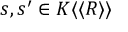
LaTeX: s , s ^ { \prime } \in K \langle \langle R \rangle \rangle